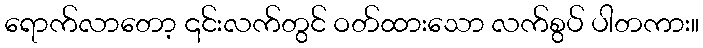
ရောက်လာတော့ ၎င်းလက်တွင် ဝတ်ထားသော လက်စွပ် ပါတကား။